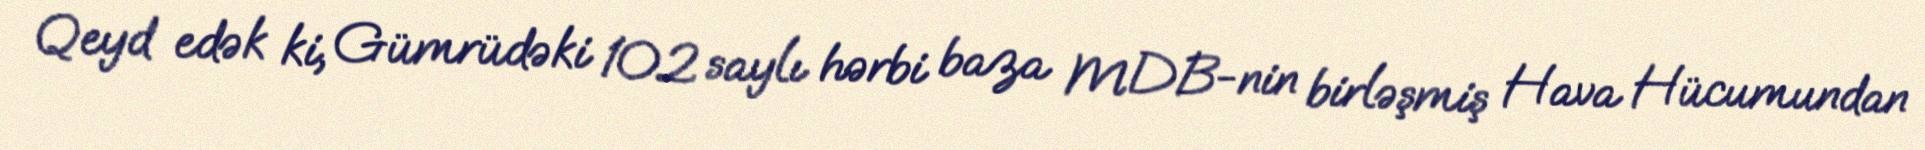
Qeyd edək ki, Gümrüdəki 102 saylı hərbi baza MDB-nin birləşmiş Hava Hücumundan